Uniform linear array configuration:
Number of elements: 8
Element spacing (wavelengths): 1
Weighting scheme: exponential
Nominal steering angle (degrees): -30
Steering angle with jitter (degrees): -31.401
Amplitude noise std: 0.05
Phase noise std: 0.05

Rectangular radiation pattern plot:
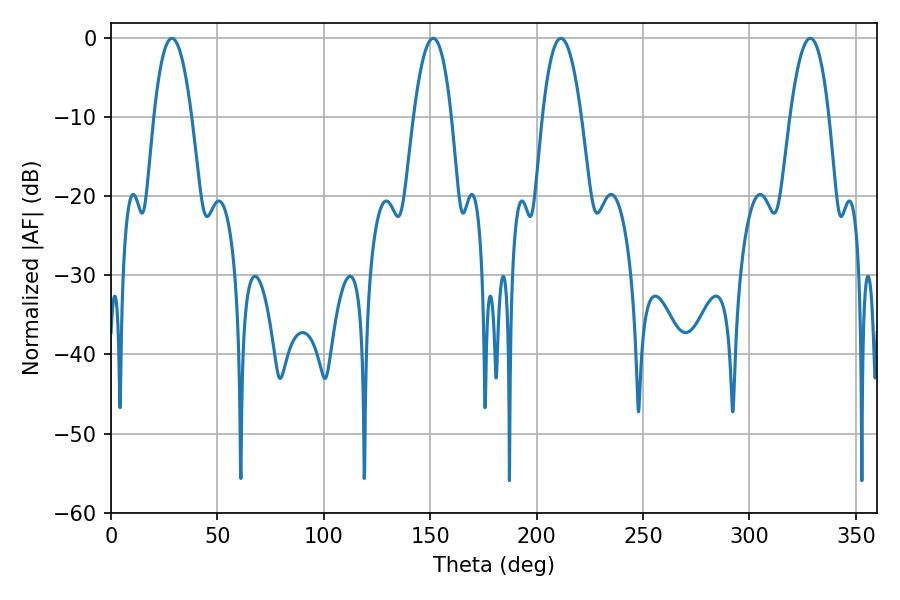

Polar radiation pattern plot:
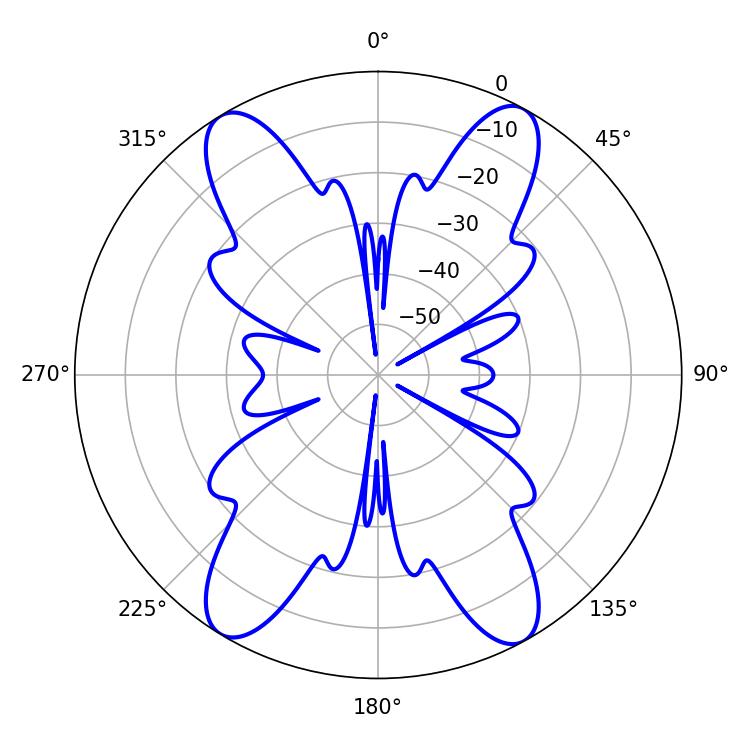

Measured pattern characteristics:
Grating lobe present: TRUE
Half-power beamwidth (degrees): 9.9
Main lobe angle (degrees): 28.62